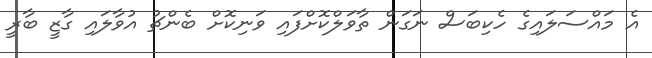
އެ މައްސަލައިގެ ހެކިބަސް ނަގަން ތާވަލްކޮށްފައި ވަނިކޮށް ބެންޗު އުވާލައި ގާޒީ ބާރީ